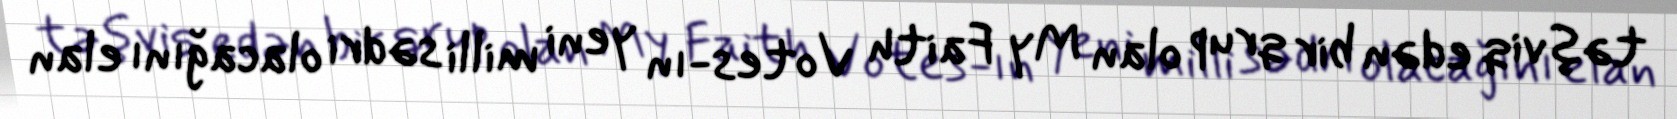
təşviq edən bir qrup olan My Faith Votes-ın yeni milli sədri olacağını elan